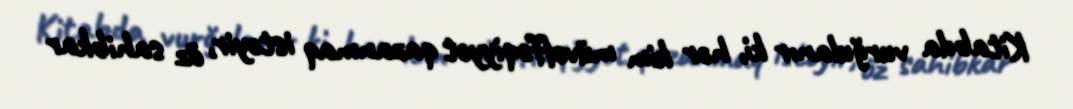
Kitabda vurğulanır ki, hər kim müvəffəqiyyət qazanmaq istəyir, öz sahibkar